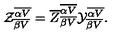
{ \cal Z } _ { \overline { { \beta V } } } ^ { \overline { { \alpha V } } } = { \overline { Z } } _ { \overline { { \beta V } } } ^ { \overline { { \alpha V } } } { \cal Y } _ { \overline { { \beta V } } } ^ { \overline { { \alpha V } } } .